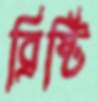
ব্রিষ্টি